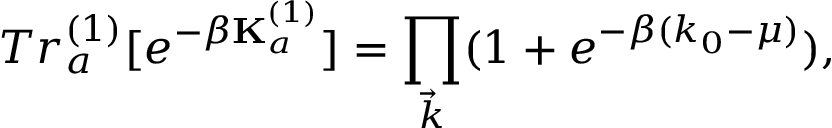
T r _ { a } ^ { ( 1 ) } [ e ^ { - \beta { \bf K } _ { a } ^ { ( 1 ) } } ] = \prod _ { \vec { k } } ( 1 + e ^ { - \beta ( k _ { 0 } - \mu ) } ) ,